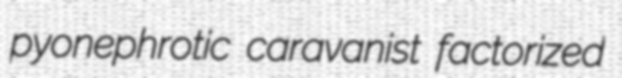
pyonephrotic caravanist factorized